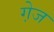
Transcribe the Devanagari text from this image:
गे़ज